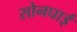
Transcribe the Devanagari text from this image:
सोनघाई